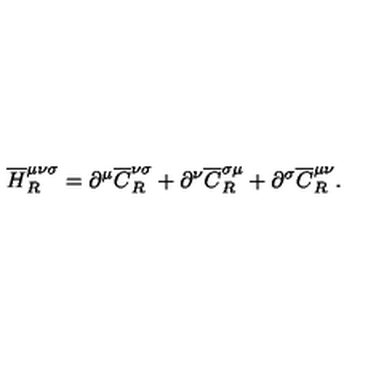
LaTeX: { \overline { H } } _ { R } ^ { \mu \nu \sigma } = \partial ^ { \mu } { \overline { C } } _ { R } ^ { \nu \sigma } + \partial ^ { \nu } { \overline { C } } _ { R } ^ { \sigma \mu } + \partial ^ { \sigma } { \overline { C } } _ { R } ^ { \mu \nu } .